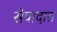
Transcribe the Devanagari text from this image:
सेवादास